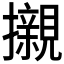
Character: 𭣋